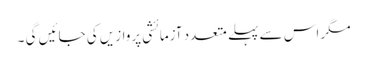
مگر اس سے پہلے متعدد آزمائشی پروازیں کی جائیں گی ۔